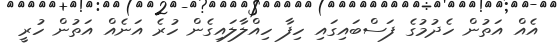
އެއް އަތުން ހެދުމުގެ ފަސްބައިގައި ހިފާ ހިއްލާލައިގެން ހުރެ އަނެއް އަތުން ހުރީ